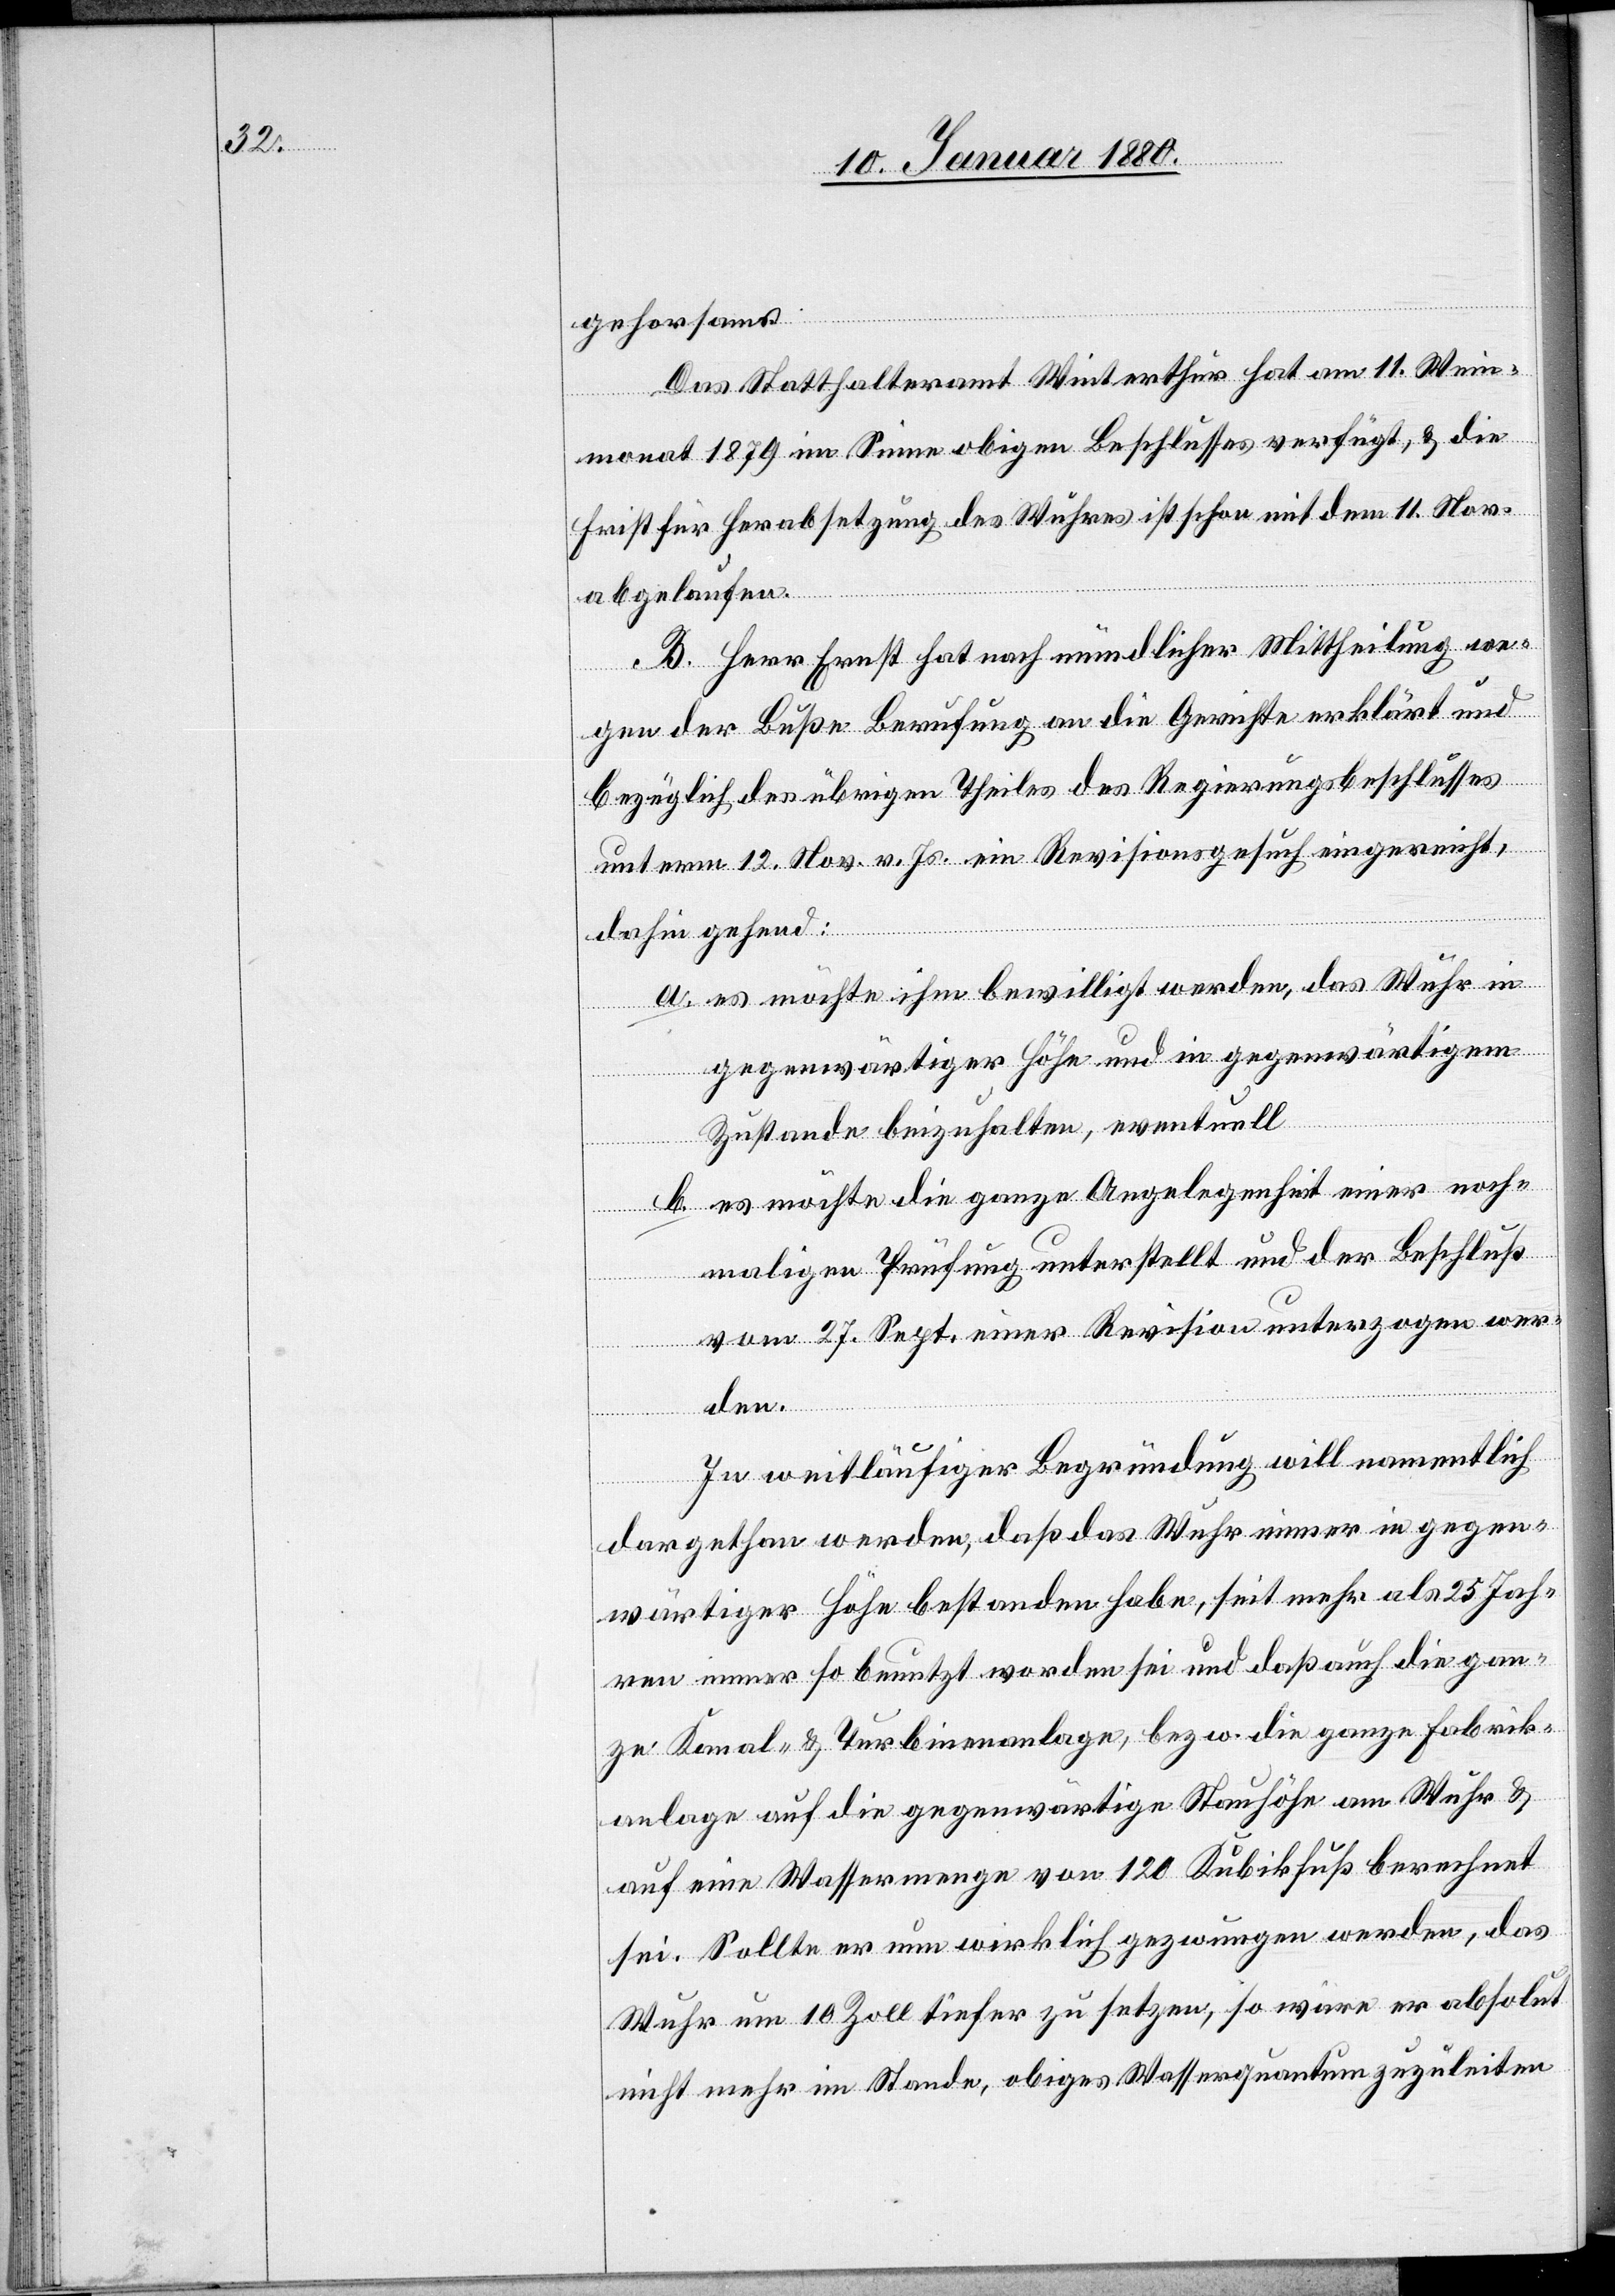
gehorsams.
Das Statthalteramt Winterthur hat am 11. Wein¬
monat 1879 im Sinne obigen Beschlusses verfügt, & die
Frist für Herabsetzung des Wuhres ist schon auf dem 11. Nov.
abgelaufen.
B. Herr Ernst hat nach mündlicher Mittheilung we¬
gen der Buße Berufung an die Gerichte erklärt und
bezüglich des übrigen Theiles des Regierungsbeschlusses
unterm 12. Nov. v. Js. ein Revisionsgesuch eingereicht,
dahin gehend:
a. es möchte ihm bewilligt werden, das Wuhr in
gegenwärtiger Höhe und in gegenwärtigem
Zustande beizuhalten, eventuell
b. es möchte die ganze Angelegenheit einer noch¬
maligen Prüfung unterstellt und der Beschluß
vom 27. Sept. einer Revision unterzogen wer¬
den.
In weitläufiger Begründung will namentlich
dargethan werden, daß das Wuhr immer in gegen¬
wärtiger Höhe bestanden habe, seit mehr als 25 Jah¬
ren immer so benutzt worden sei und daß auch die gan¬
ze Kanal- & Turbinenanlage, bzw. die ganze Fabrik¬
anlage auf die gegenwärtige Stauhöhe am Wuhr &
auf eine Wassermenge von 120 Kubikfuß berechnet
sei. Sollte er nun wirklich gezwungen werden, das
Wuhr um 10 Zoll tiefer zu setzen, so wäre er absolut
nicht mehr im Stande, obiges Wasserquantum zuzuleiten